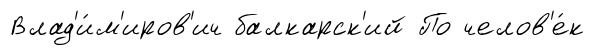
Влад'и́м'иров'ич балкарск'ий По челов'е́к